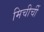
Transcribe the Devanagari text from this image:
मिचीर्ची